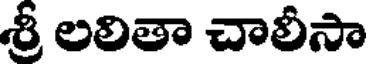
శ్రీ లలితా చాలీసా